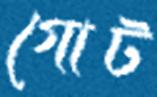
গোট